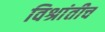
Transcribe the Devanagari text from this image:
विश्रांतीच